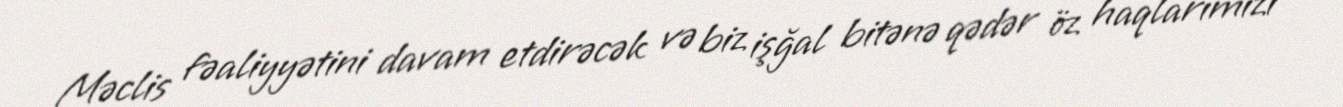
Məclis fəaliyyətini davam etdirəcək və biz işğal bitənə qədər öz haqlarımızı